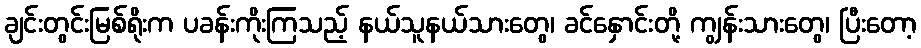
ချင်းတွင်းမြစ်ရိုးက ပခန်းကိုးကြသည့် နယ်သူနယ်သားတွေ၊ ခင်နှောင်းတို့ ကျွန်းသားတွေ၊ ပြီးတော့